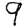
Digit: 9